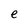
Character: e